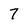
Character: 7